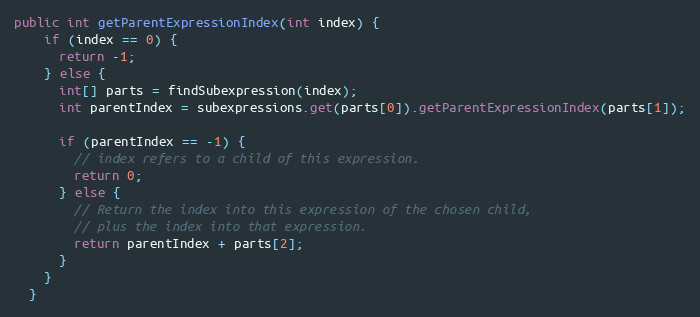
Language: Java
public int getParentExpressionIndex(int index) {
    if (index == 0) {
      return -1;
    } else {
      int[] parts = findSubexpression(index);
      int parentIndex = subexpressions.get(parts[0]).getParentExpressionIndex(parts[1]);

      if (parentIndex == -1) {
        // index refers to a child of this expression.
        return 0;
      } else {
        // Return the index into this expression of the chosen child,
        // plus the index into that expression.
        return parentIndex + parts[2];
      }
    }
  }